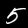
Label: 5